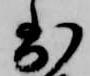
到